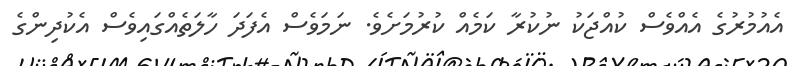
އެއުމުރުގެ އެއްވެސް ކުއްޖަކު ނުކުރާ ކަމެއް ކުރުމަށެވެ. ނަމަވެސް އެފަދަ ހާލަތެއްގައިވެސް އެކުދިންގެ